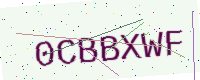
Text: 0CBBXWF